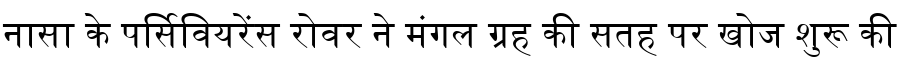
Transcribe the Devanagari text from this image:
नासा के पर्सिवियरेंस रोवर ने मंगल ग्रह की सतह पर खोज शुरू की